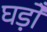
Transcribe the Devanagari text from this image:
घड़ोँ